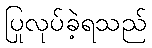
ပြုလုပ်ခဲ့ရသည်